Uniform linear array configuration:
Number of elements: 48
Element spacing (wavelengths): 0.75
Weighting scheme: hamming
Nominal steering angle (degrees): -45
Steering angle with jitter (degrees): -44.101
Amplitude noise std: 0.05
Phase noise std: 0.05

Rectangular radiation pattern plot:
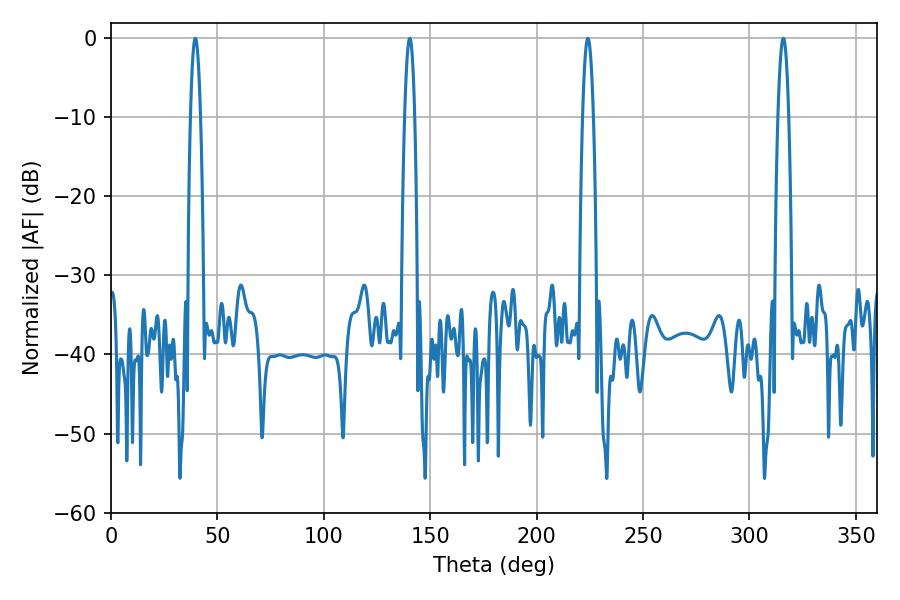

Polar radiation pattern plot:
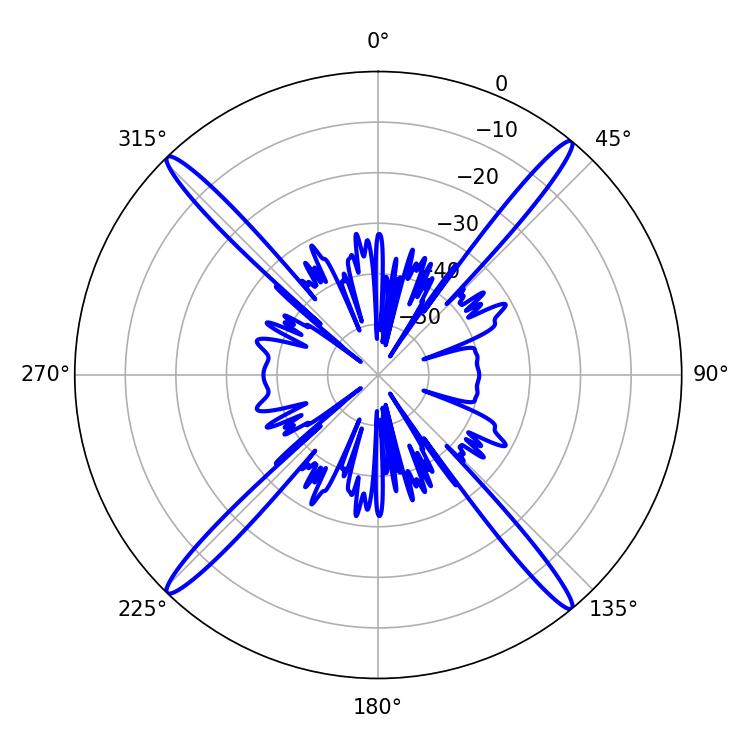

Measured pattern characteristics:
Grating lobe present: TRUE
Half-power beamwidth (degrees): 2.52
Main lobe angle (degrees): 39.6